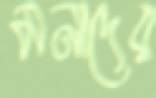
মনাদের